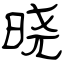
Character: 晓